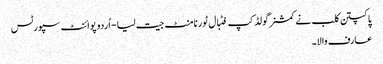
پاکپتن کلب نے کمشنرگولڈ کپ فٹبال ٹورنامنٹ جیت لیا - اُردو پوائنٹ سپورٹس
عارف والا۔